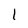
Character: l